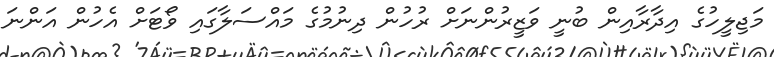
މަޖިލީހުގެ އިދާރާއިން ބުނީ ވަޒީރުންނަށް ރުހުން ދިނުމުގެ މައްސަލާގައި ވޯޓަށް އެހުން އަންނަ